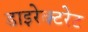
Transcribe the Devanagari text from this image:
डाइरेक्टरेट